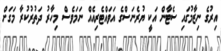
އިރުގެ ނިޒާމުގައި ސެޓާން އަކީ ޔުރެނަސްގެ އަވައްޓެރިއެއް ނަމަވެސް މިހާރު ދަތުރުކުރާ މަގަށް